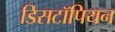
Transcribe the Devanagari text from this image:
डिसटॉपियन